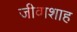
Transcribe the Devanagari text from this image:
जीवाशाह